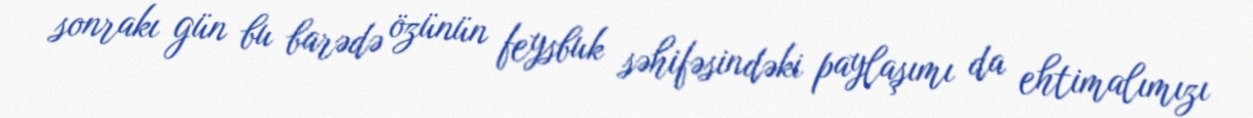
sonrakı gün bu barədə özünün feysbuk səhifəsindəki paylaşımı da ehtimalımızı